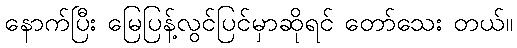
နောက်ပြီး မြေပြန့်လွင်ပြင်မှာဆိုရင် တော်သေး တယ်။